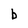
Character: b